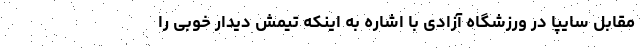
مقابل سایپا در ورزشگاه آزادی با اشاره به اینکه تیمش دیدار خوبی را